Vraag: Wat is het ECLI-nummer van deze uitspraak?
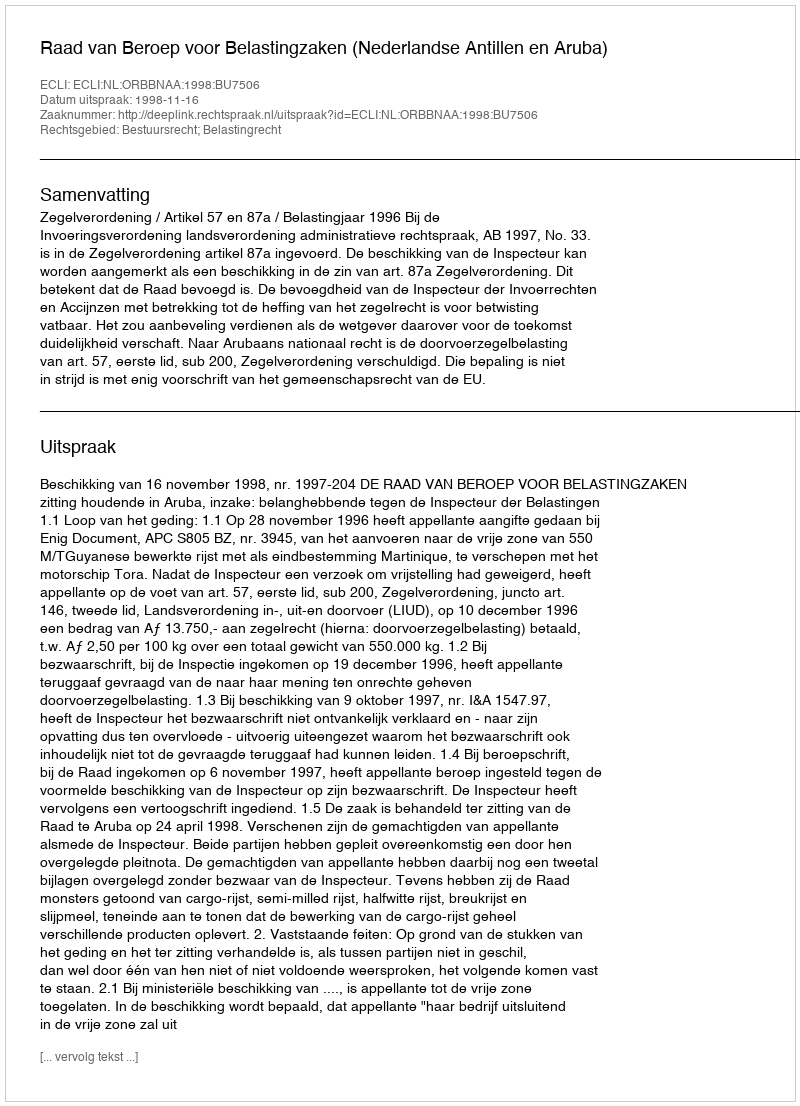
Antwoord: ECLI:NL:ORBBNAA:1998:BU7506